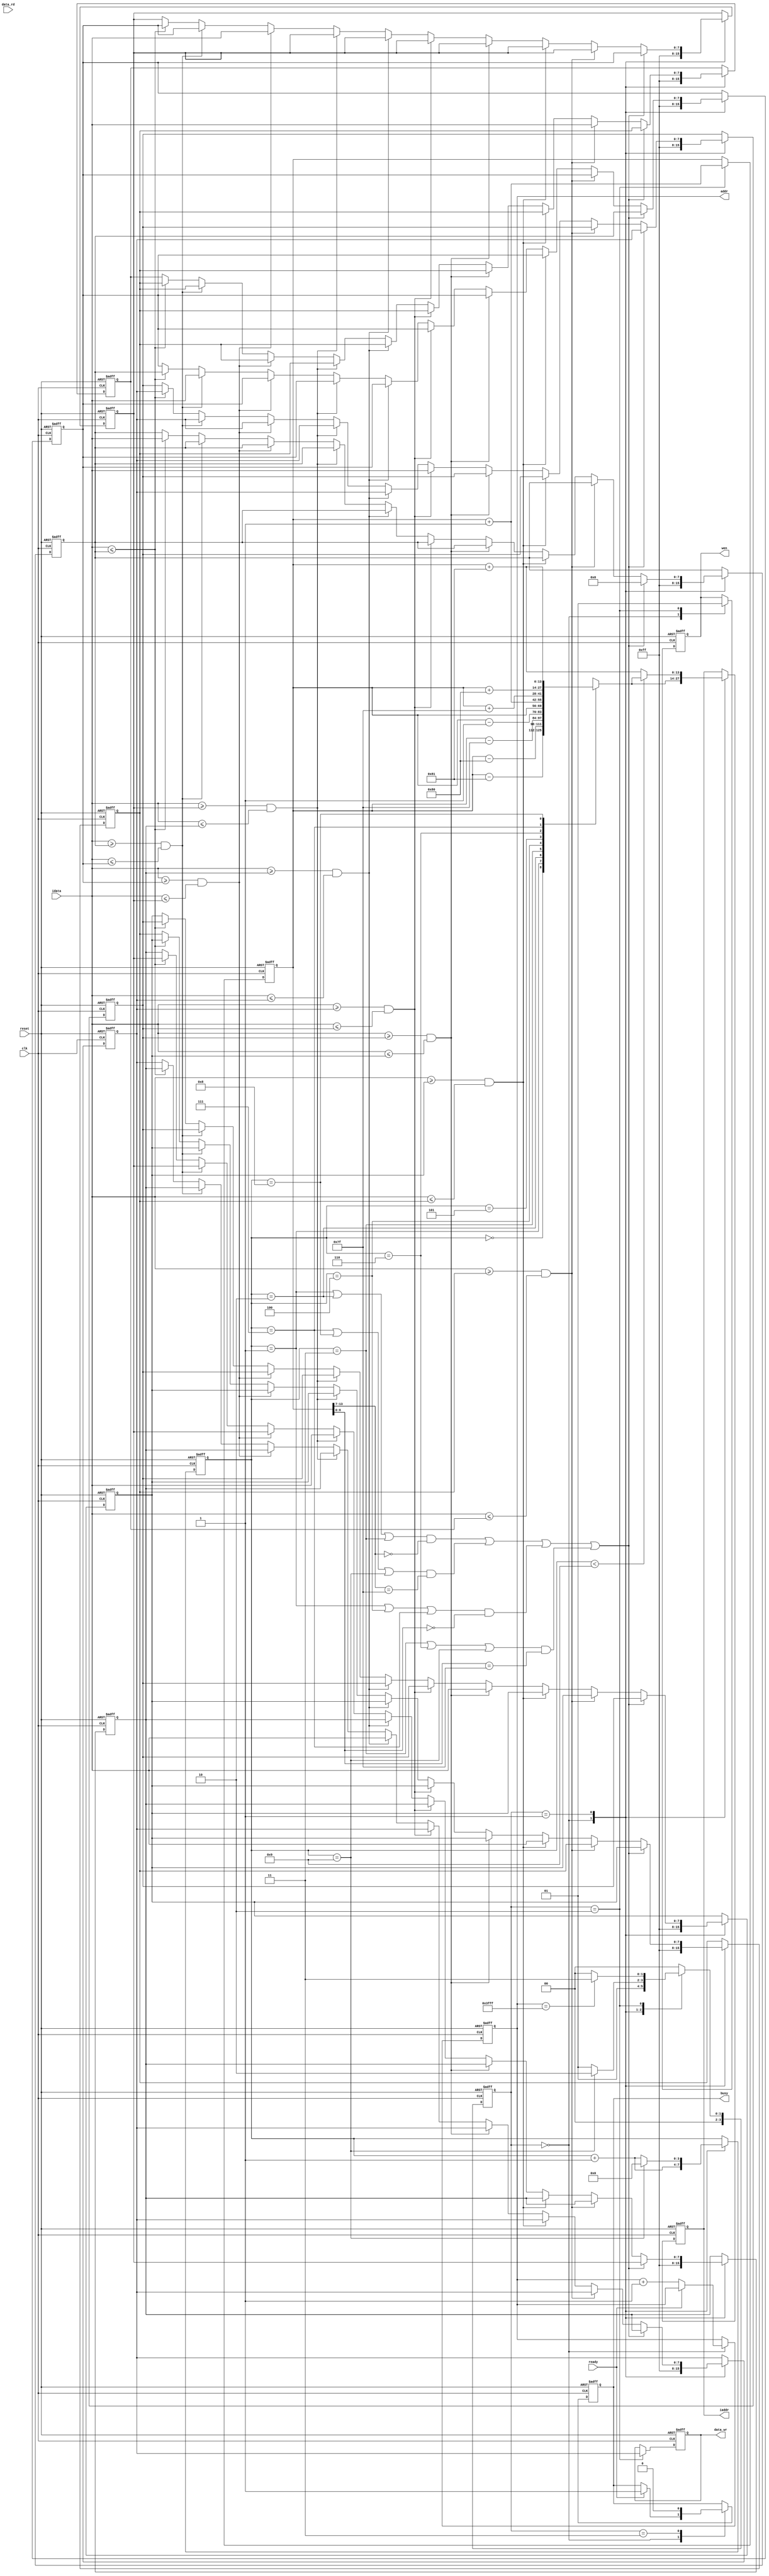

`timescale 1ns/10ps

module MFE(clk,reset,busy,ready,iaddr,idata,data_rd,data_wr,addr,wen);
	input						clk;
	input						reset;
	input						ready;
		
	output	reg		[13:0]		iaddr;
	input			[7:0]		idata;
	
	output	reg		[13:0]		addr;
	output	reg		[7:0]		data_wr;
	input			[7:0]		data_rd;
	output	reg					wen;

	output	reg					busy;


	reg 	[3:0]		current_state, next_state;
	reg 	[3:0]		counter;
	reg		[13:0]		counter_addr;
	reg 	[7:0]		buffer	[8:0];

	wire 	[13:0]		addr_	[8:0];
	
	
	assign addr_[0] = counter_addr - 13'd129;
	assign addr_[1] = counter_addr - 13'd128;
	assign addr_[2] = counter_addr - 13'd127;
	assign addr_[3] = counter_addr - 13'd1;
	assign addr_[4]	= counter_addr;
	assign addr_[5] = counter_addr + 13'd1;
	assign addr_[6] = counter_addr + 13'd127;
	assign addr_[7] = counter_addr + 13'd128;
	assign addr_[8] = counter_addr + 13'd129;

	parameter	[1:0]	START	= 2'd0,
						LOAD	= 2'd1,
						STORE	= 2'd2,
						END		= 2'd3
	;


	always @ (posedge clk or posedge reset) begin
		if(reset) begin
			current_state <= START;
			counter <= 4'd0;
			counter_addr <= 14'd0;

			buffer[0] <= 8'hff;
			buffer[1] <= 8'hff;
			buffer[2] <= 8'hff;
			buffer[3] <= 8'hff;
			buffer[4] <= 8'hff;
			buffer[5] <= 8'hff;
			buffer[6] <= 8'hff;
			buffer[7] <= 8'hff;
			buffer[8] <= 8'hff;

			iaddr <= 0;
			addr <= 14'd0;
			data_wr <= 8'd0;
			wen <= 1'b0;
			busy <= 1'b0;

		end
		else begin
			current_state <= next_state;

			case(current_state)
				START: begin
					busy <= (ready) ? 1'b1 : busy;
					iaddr <= addr_[counter];
					addr <= (ready) ? addr : addr + 13'd1;
					counter <= counter + 4'd1;

					buffer[0] <= 8'hff;
					buffer[1] <= 8'hff;
					buffer[2] <= 8'hff;
					buffer[3] <= 8'hff;
					buffer[4] <= 8'hff;
					buffer[5] <= 8'hff;
					buffer[6] <= 8'hff;
					buffer[7] <= 8'hff;
					buffer[8] <= 8'hff;

					wen <= 1'b0;
				end
				LOAD: begin
					iaddr <= (counter < 4'd9) ? addr_[counter] : addr_[8];
					counter <= (counter == 4'd9) ? 4'd0 : counter + 4'd1;

					if(	((counter == 4'd1 || counter == 4'd2 || counter == 4'd3) && (counter_addr[13:7] == 7'b0000000)) || 
						((counter == 4'd7 || counter == 4'd8 || counter == 4'd9) && (counter_addr[13:7] == 7'b1111111)) || 
						((counter == 4'd1 || counter == 4'd4 || counter == 4'd7) && (counter_addr[6:0] == 7'b0000000)) || 
						((counter == 4'd3 || counter == 4'd6 || counter == 4'd9) && (counter_addr[6:0] == 7'b1111111))) begin
						buffer[0] <= 14'd0;
						buffer[1] <= buffer[0];
						buffer[2] <= buffer[1];
						buffer[3] <= buffer[2];
						buffer[4] <= buffer[3];
						buffer[5] <= buffer[4];
						buffer[6] <= buffer[5];
						buffer[7] <= buffer[6];
						buffer[8] <= buffer[7];
					end
					else begin
						if(idata <= buffer[0]) begin
							buffer[0] <= idata;
							buffer[1] <= buffer[0];
							buffer[2] <= buffer[1];
							buffer[3] <= buffer[2];
							buffer[4] <= buffer[3];
							buffer[5] <= buffer[4];
							buffer[6] <= buffer[5];
							buffer[7] <= buffer[6];
							buffer[8] <= buffer[7];
						end
						if(idata >= buffer[0] && idata <= buffer[1]) begin
							buffer[0] <= buffer[0];
							buffer[1] <= idata;
							buffer[2] <= buffer[1];
							buffer[3] <= buffer[2];
							buffer[4] <= buffer[3];
							buffer[5] <= buffer[4];
							buffer[6] <= buffer[5];
							buffer[7] <= buffer[6];
							buffer[8] <= buffer[7];
						end
						if(idata >= buffer[1] && idata <= buffer[2]) begin
							buffer[0] <= buffer[0];
							buffer[1] <= buffer[1];
							buffer[2] <= idata;
							buffer[3] <= buffer[2];
							buffer[4] <= buffer[3];
							buffer[5] <= buffer[4];
							buffer[6] <= buffer[5];
							buffer[7] <= buffer[6];
							buffer[8] <= buffer[7];
						end
						if(idata >= buffer[2] && idata <= buffer[3]) begin
							buffer[0] <= buffer[0];
							buffer[1] <= buffer[1];
							buffer[2] <= buffer[2];
							buffer[3] <= idata;
							buffer[4] <= buffer[3];
							buffer[5] <= buffer[4];
							buffer[6] <= buffer[5];
							buffer[7] <= buffer[6];
							buffer[8] <= buffer[7];
						end
						if(idata >= buffer[3] && idata <= buffer[4]) begin
							buffer[0] <= buffer[0];
							buffer[1] <= buffer[1];
							buffer[2] <= buffer[2];
							buffer[3] <= buffer[3];
							buffer[4] <= idata;
							buffer[5] <= buffer[4];
							buffer[6] <= buffer[5];
							buffer[7] <= buffer[6];
							buffer[8] <= buffer[7];
						end
						if(idata >= buffer[4] && idata <= buffer[5]) begin
							buffer[0] <= buffer[0];
							buffer[1] <= buffer[1];
							buffer[2] <= buffer[2];
							buffer[3] <= buffer[3];
							buffer[4] <= buffer[4];
							buffer[5] <= idata;
							buffer[6] <= buffer[5];
							buffer[7] <= buffer[6];
							buffer[8] <= buffer[7];
						end
						if(idata >= buffer[5] && idata <= buffer[6]) begin
							buffer[0] <= buffer[0];
							buffer[1] <= buffer[1];
							buffer[2] <= buffer[2];
							buffer[3] <= buffer[3];
							buffer[4] <= buffer[4];
							buffer[5] <= buffer[5];
							buffer[6] <= idata;
							buffer[7] <= buffer[6];
							buffer[8] <= buffer[7];
						end
						if(idata >= buffer[6] && idata <= buffer[7]) begin
							buffer[0] <= buffer[0];
							buffer[1] <= buffer[1];
							buffer[2] <= buffer[2];
							buffer[3] <= buffer[3];
							buffer[4] <= buffer[4];
							buffer[5] <= buffer[5];
							buffer[6] <= buffer[6];
							buffer[7] <= idata;
							buffer[8] <= buffer[7];
						end
						if(idata >= buffer[7] && idata <= buffer[8]) begin
							buffer[0] <= buffer[0];
							buffer[1] <= buffer[1];
							buffer[2] <= buffer[2];
							buffer[3] <= buffer[3];
							buffer[4] <= buffer[4];
							buffer[5] <= buffer[5];
							buffer[6] <= buffer[6];
							buffer[7] <= buffer[7];
							buffer[8] <= idata;
						end
					end
					
				end
				STORE: begin
					counter_addr <= counter_addr +14'd1;
					data_wr <= buffer[4];
					wen <= 1'b1;
				end
				END: begin
					busy <= 1'b0;
				end
				
			endcase
		end

	end

	always @ (*) begin
		case(current_state)
			START: begin
				next_state = LOAD;
			end
			LOAD: begin
				next_state = (counter == 4'd9) ? STORE : LOAD;
			end
			STORE: begin
				next_state = (addr == 14'd16383) ? END : START;
			end
			END: begin
				next_state = START;
			end
			default: begin
				next_state = START;
			end
		endcase
	end
	
endmodule